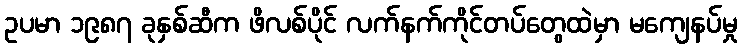
ဥပမာ ၁၉၈၇ ခုနှစ်ဆီက ဖိလစ်ပိုင် လက်နက်ကိုင်တပ်တွေထဲမှာ မကျေနပ်မှု